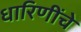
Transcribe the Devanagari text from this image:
धारिणींचे